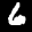
Label: 6